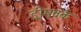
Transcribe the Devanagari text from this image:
ड्रीमवर्क